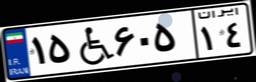
۱۵W۶۰۵۱۴